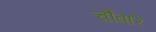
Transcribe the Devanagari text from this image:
चौबारे